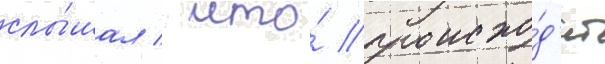
слы́шал / что́ происхо́д'ит